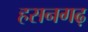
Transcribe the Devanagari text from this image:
हसनगढ़